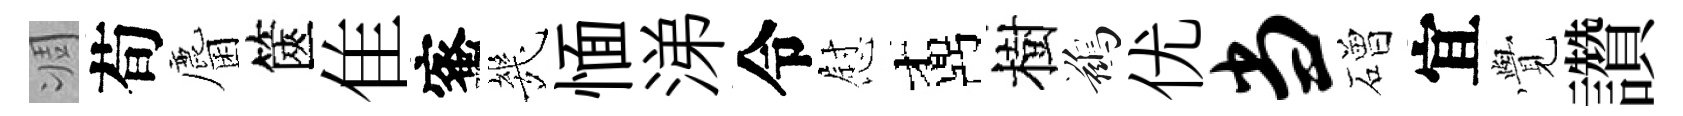
凋荀麕篋隹蜜㡬愐涕令慰鼒樹鷀优当磳宜𮗜讚